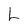
Character: L